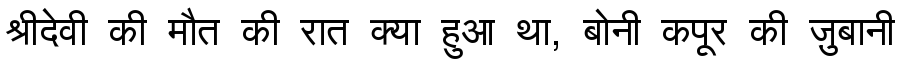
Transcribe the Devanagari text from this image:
श्रीदेवी की मौत की रात क्या हुआ था, बोनी कपूर की ज़ुबानी